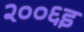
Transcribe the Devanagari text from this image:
२००६इ